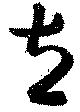
立